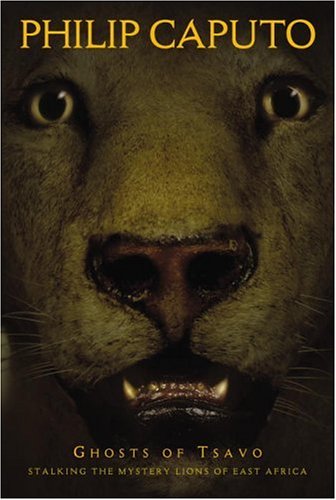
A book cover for Ghosts of Tsavo: Tracking the Mythic Lions of East Africa; Philip Caputo; Travel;